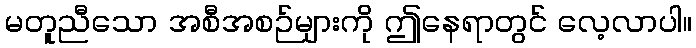
မတူညီသော အစီအစဉ်များကို ဤနေရာတွင် လေ့လာပါ။